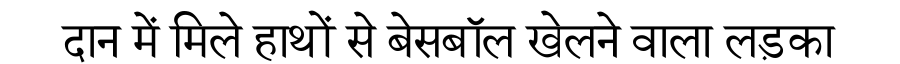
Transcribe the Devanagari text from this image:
दान में मिले हाथों से बेसबॉल खेलने वाला लड़का